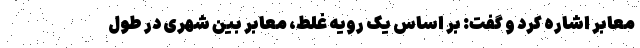
معابر اشاره کرد و گفت: بر اساس یک رویه غلط، معابر بین شهری در طول